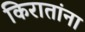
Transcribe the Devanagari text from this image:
किरातांना